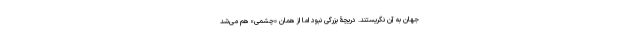
جهان به آن نگریستند. دریچۀ بزرگی نبود اما از همان «چشمی» هم می‌شد